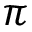
\pi